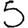
Digit: 5